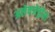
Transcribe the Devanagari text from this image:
अलेक्जेंड्रीया